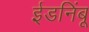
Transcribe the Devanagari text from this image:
ईडनिंबू